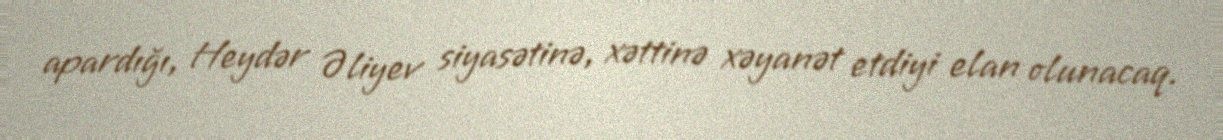
apardığı, Heydər Əliyev siyasətinə, xəttinə xəyanət etdiyi elan olunacaq.